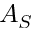
A _ { S }